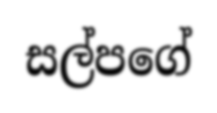
සල්පගේ